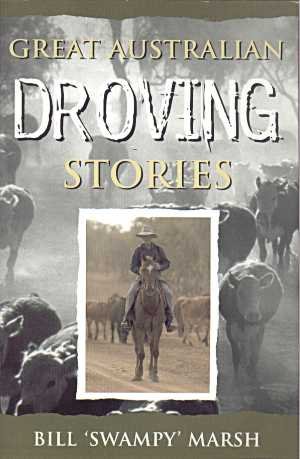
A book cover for Great Australian Droving Stories; Bill Marsh; Cookbooks, Food & Wine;